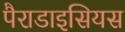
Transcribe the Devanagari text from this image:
पैराडाइसियस